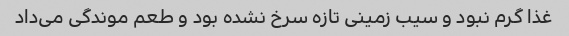
غذا گرم نبود و سیب زمینی تازه سرخ نشده بود و طعم موندگی می‌داد